Vaccination in Burma 1889-1999 - 1889-1999
Year: 1889
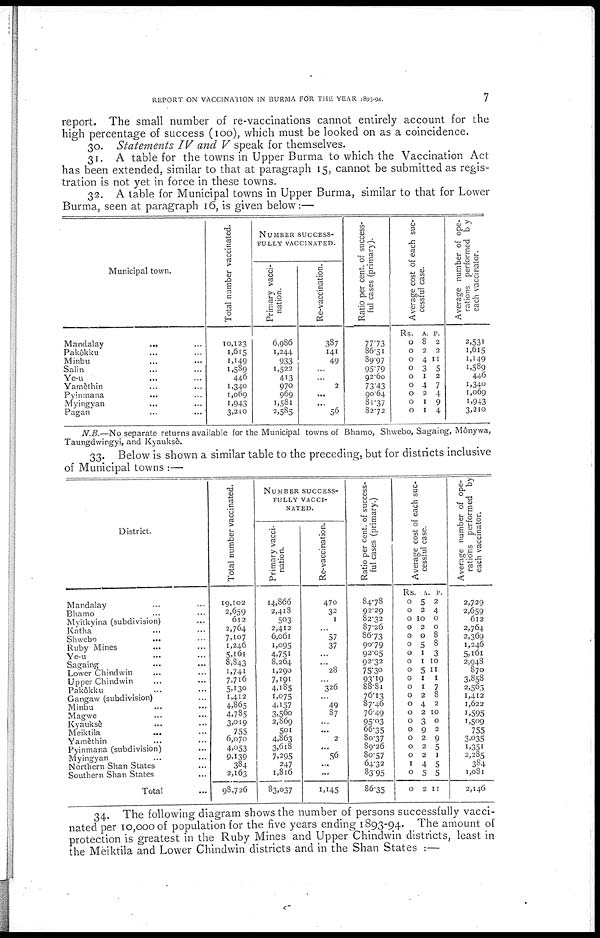
REPORT ON VACCINATION IN BURMA FOR THE YEAR 1893-94.
7
report. The small number of re-vaccinations cannot entirely account for the
high percentage of success (100), which must be looked on as a coincidence.
30. Statements IV and V speak for themselves.
31. A table for the towns in Upper Burma to which the Vaccination Act
has been extended, similar to that at paragraph 15, cannot be submitted as regis-
tration is not yet in force in these towns.
32. A table for Municipal towns in Upper Burma, similar to that for Lower
Burma, seen at paragraph 16, is given below:—
Municipal town.
Mandalay ... ... ...
Pakôkku... ... ...
Minbu... ... ...
Salin... ...
Ye-u... ... ...
Yamethin... ...
Pyinmana... ...
Myingyan... ...
Pagan...
...
Total number vaccinated.
10,123
1,615
1,149
1,589
446
1,340
1,069
1,943
3,210
NUMBER SUCCESS-
----- VACCINATED.
Primary vacci-
nation.
6,986
1,244
933
1,522
413
970
969
1,581
2,585
Re-vaccination.
387
141
49
...
...
2
...
...
56
Ratio per cent. of success-
ful cases (primary).
77.73
86.51
89.97
95.79
92.60
73.43
90.64
81.37
82.72
Average cost of each suc-
cessful case.
Rs.
0
0
0
0
0
0
0
0
0
A.
8
2
4
3
1
4
2
1
1
P.
2
2
11
5
2
7
4
9
4
Average number of ope-
rations performed by
each vaccinator.
2,531
1,615
1,149
1,589
446
1,340
1,069
1,943
3,210
N.B.—No separate returns available for the Municipal towns of Bhamo, Shwebo, Sagaing, Mônywa,
Taungdwingyi, and Kyauksè.
33. Below is shown a similar table to the preceding, but for districts inclusive
of Municipal towns :—
District.
Mandalay... ... ...
Bhamo... ...
Myitkyina (subdivision)... ...
Katha... ...
Shwebo...
...
Ruby Mines... ...
Ye-u... ...
Sagaing... ...
Lower Chindwin... ...
Upper Chindwin... ...
Pakôkku... ...
Gangaw (subdivision)... ...
Minbu... ...
Magwe... ...
Kyaukse... ...
Meiktila... ...
Yamethin... ...
Pyinmana (subdivision)... ...
Myingyan... ...
Northern Shan States... ...
Southern Shan States... ...
Total...
Total number vaccinated.
19,102
2,659
612
2,764
7,107
1,246
5,161
8,843
1,741
7,716
5,130
1,412
4,865
4,785
3,019
755
6,070
4,053
9,139
384
2,163
98,726
NUMBER SUCCESS-
----- VACCI-
NATED.
Primary vacci-
nation.
14,866
2,418
503
2,412
6,061
1,095
4,751
8,264
1,290
7,191
4,185
1,075
4,157
3,560
2,869
501
4,863
3,618
7,295
247
1,816
83,037
Re-vaccination.
470
32
1
...
57
37
...
...
28
...
326
...
49
87
...
...
2
...
56
...
...
1,145
Ratio per cent. of success-
ful cases (primary.)
84.78
92.29
82.32
87.26
86.73
90.79
92.05
92.32
75.30
93.19
88.81
76.13
87.46
76.49
95.03
66.35
80.37
89.26
80.57
64.32
83.95
86.35
Average cost of each suc-
cessful case.
Rs
0
0
0
0
0
0
0
0
0
0
0
0
0
0
0
0
0
0
0
1
0
0
A.
5
2
10
2
0
5
1
1
5
1
1
2
4
2
3
9
2
2
2
4
5
2
P.
2
4
0
0
8
8
3
10
11
1
7
8
2
10
0
2
9
5
1
5
5
11
Average number of ope-
rations performed by
each vaccinator.
2,729
2,659
612
2,764
2,369
1,246
5,161
2,948
870
3,858
2,565
1,412
1,622
1,595
1,509
755
3,035
1,351
2,285
384
1,081
2,146
34. The following diagram shows the number of persons successfully vacci-
nated per 10,000 of population for the five years ending 1893-94. The amount of
protection is greatest in the Ruby Mines and Upper Chindwin districts, least in
the Meiktila and Lower Chindwin districts and in the Shan States :—